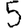
Digit: 5